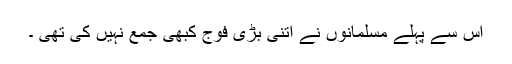
اس سے پہلے مسلمانوں نے اتنی بڑی فوج کبھی جمع نہیں کی تھی ۔